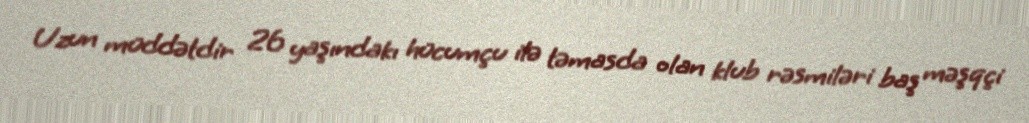
Uzun müddətdir 26 yaşındakı hücumçu ilə təmasda olan klub rəsmiləri baş məşqçi